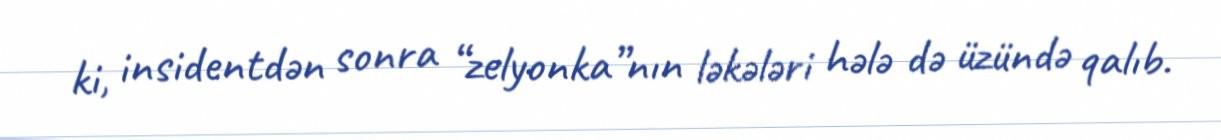
ki, insidentdən sonra “zelyonka”nın ləkələri hələ də üzündə qalıb.